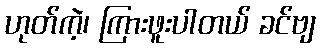
ဟုတ်ကဲ့၊ ကြားဖူးပါတယ် ခင်ဗျ